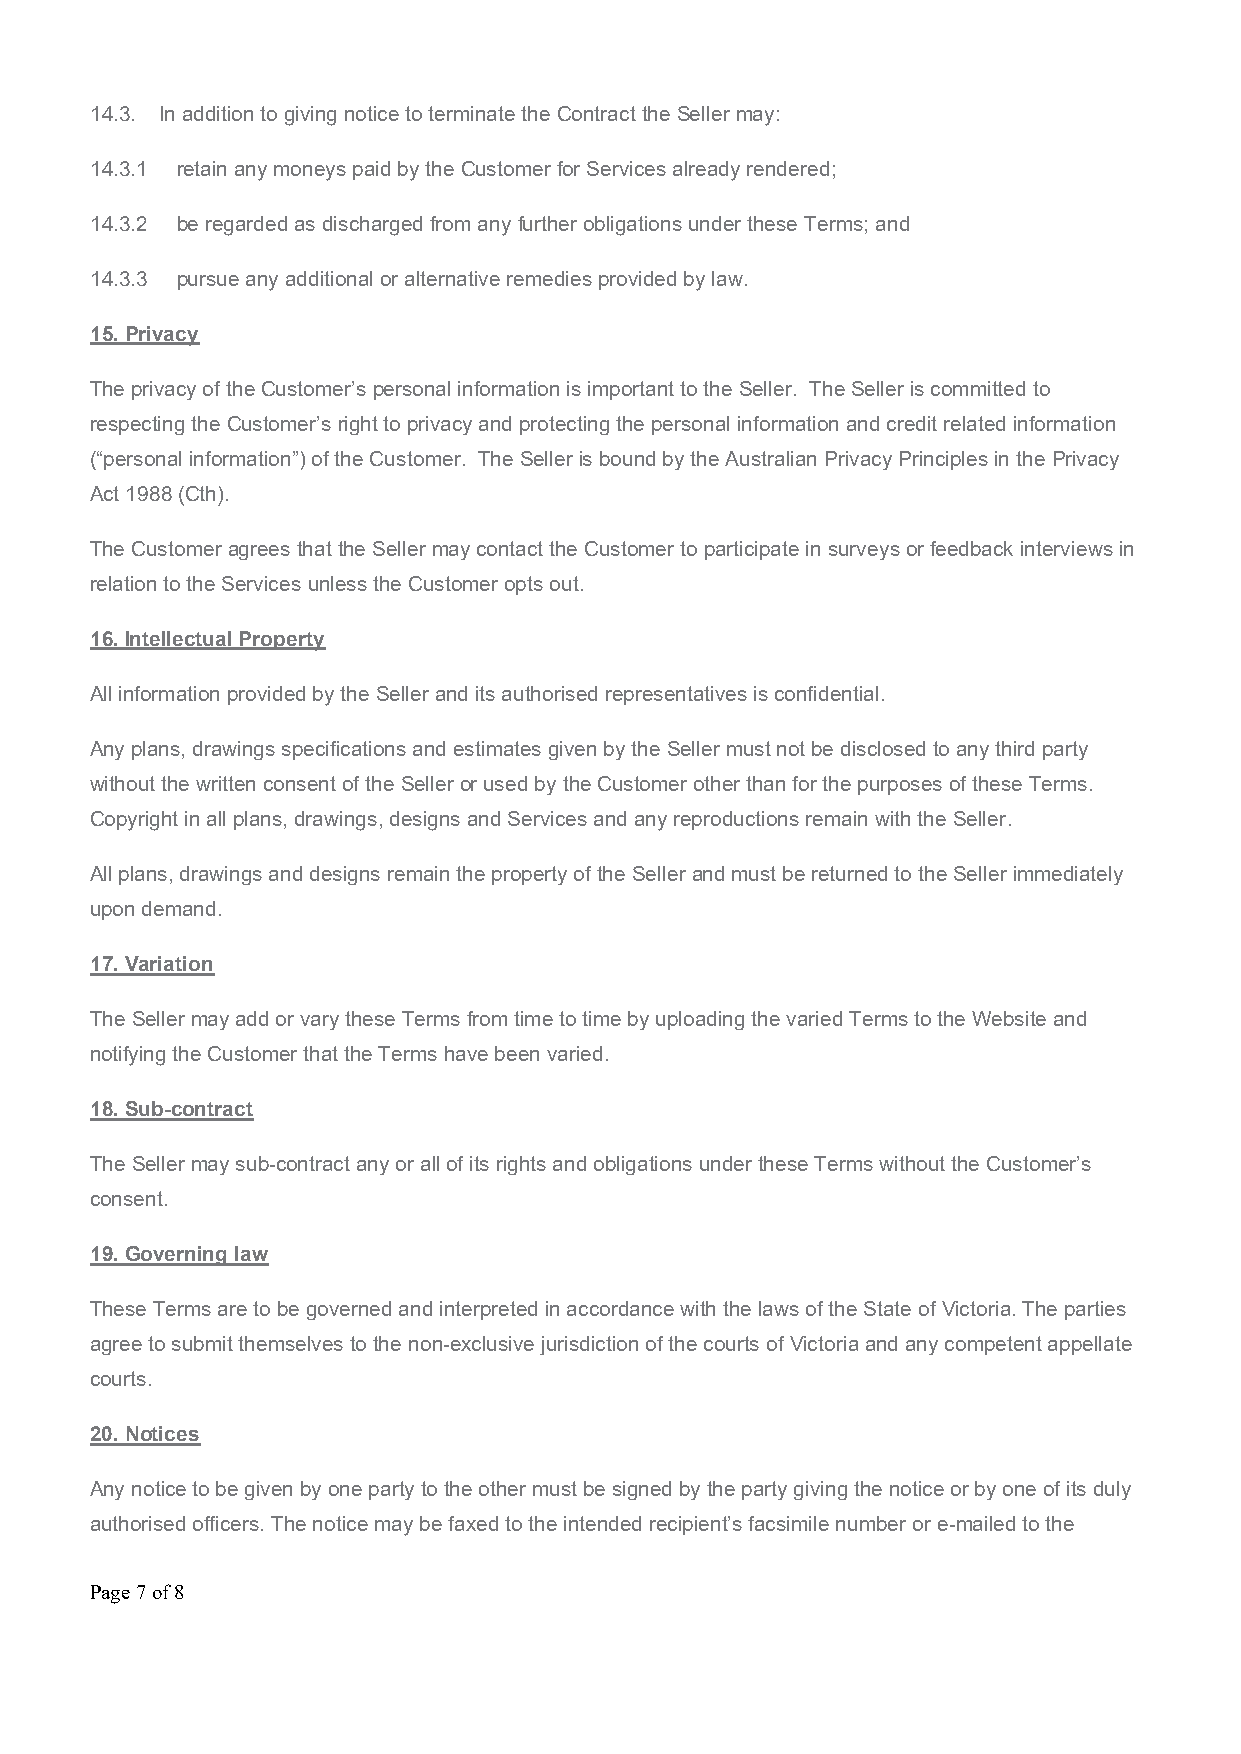
14.3. In addition to giving notice to terminate the Contract the Seller may:
 14.3.1 retain any moneys paid by the Customer for Services already rendered;
 14.3.2 be regarded as discharged from any further obligations under these Terms; and
 14.3.3 pursue any additional or alternative remedies provided by law.
 15. Privacy
 The privacy of the Customer’s personal information is important to the Seller. The Seller is committed to
 respecting the Customer’s right to privacy and protecting the personal information and credit related information
 (“personal information”) of the Customer. The Seller is bound by the Australian Privacy Principles in the Privacy
 Act 1988 (Cth).
 The Customer agrees that the Seller may contact the Customer to participate in surveys or feedback interviews in
 relation to the Services unless the Customer opts out.
 16. Intellectual Property
 All information provided by the Seller and its authorised representatives is confidential.
 Any plans, drawings specifications and estimates given by the Seller must not be disclosed to any third party
 without the written consent of the Seller or used by the Customer other than for the purposes of these Terms.
 Copyright in all plans, drawings, designs and Services and any reproductions remain with the Seller.
 All plans, drawings and designs remain the property of the Seller and must be returned to the Seller immediately
 upon demand.
 17. Variation
 The Seller may add or vary these Terms from time to time by uploading the varied Terms to the Website and
 notifying the Customer that the Terms have been varied.
 18. Sub-contract
 The Seller may sub-contract any or all of its rights and obligations under these Terms without the Customer’s
 consent.
 19. Governing law
 These Terms are to be governed and interpreted in accordance with the laws of the State of Victoria. The parties
 agree to submit themselves to the non-exclusive jurisdiction of the courts of Victoria and any competent appellate
 courts.
 20. Notices
 Any notice to be given by one party to the other must be signed by the party giving the notice or by one of its duly
 authorised officers. The notice may be faxed to the intended recipient’s facsimile number or e-mailed to the
 Page 7 of 8